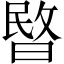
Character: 暋